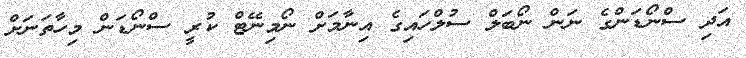
އަދި ސްނޯޑަންގެ ނަން ނޯބަލް ސުލްހައިގެ އިނާމަށް ނޯމިނޭޓް ކުރީ ސްނޯޑަން މިހާތަނަށް